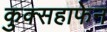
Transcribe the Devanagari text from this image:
कुक्सहाफेन